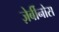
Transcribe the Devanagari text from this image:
ज़ेर्बीनोस